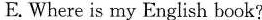
E. Where is my English book?